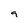
Character: 9